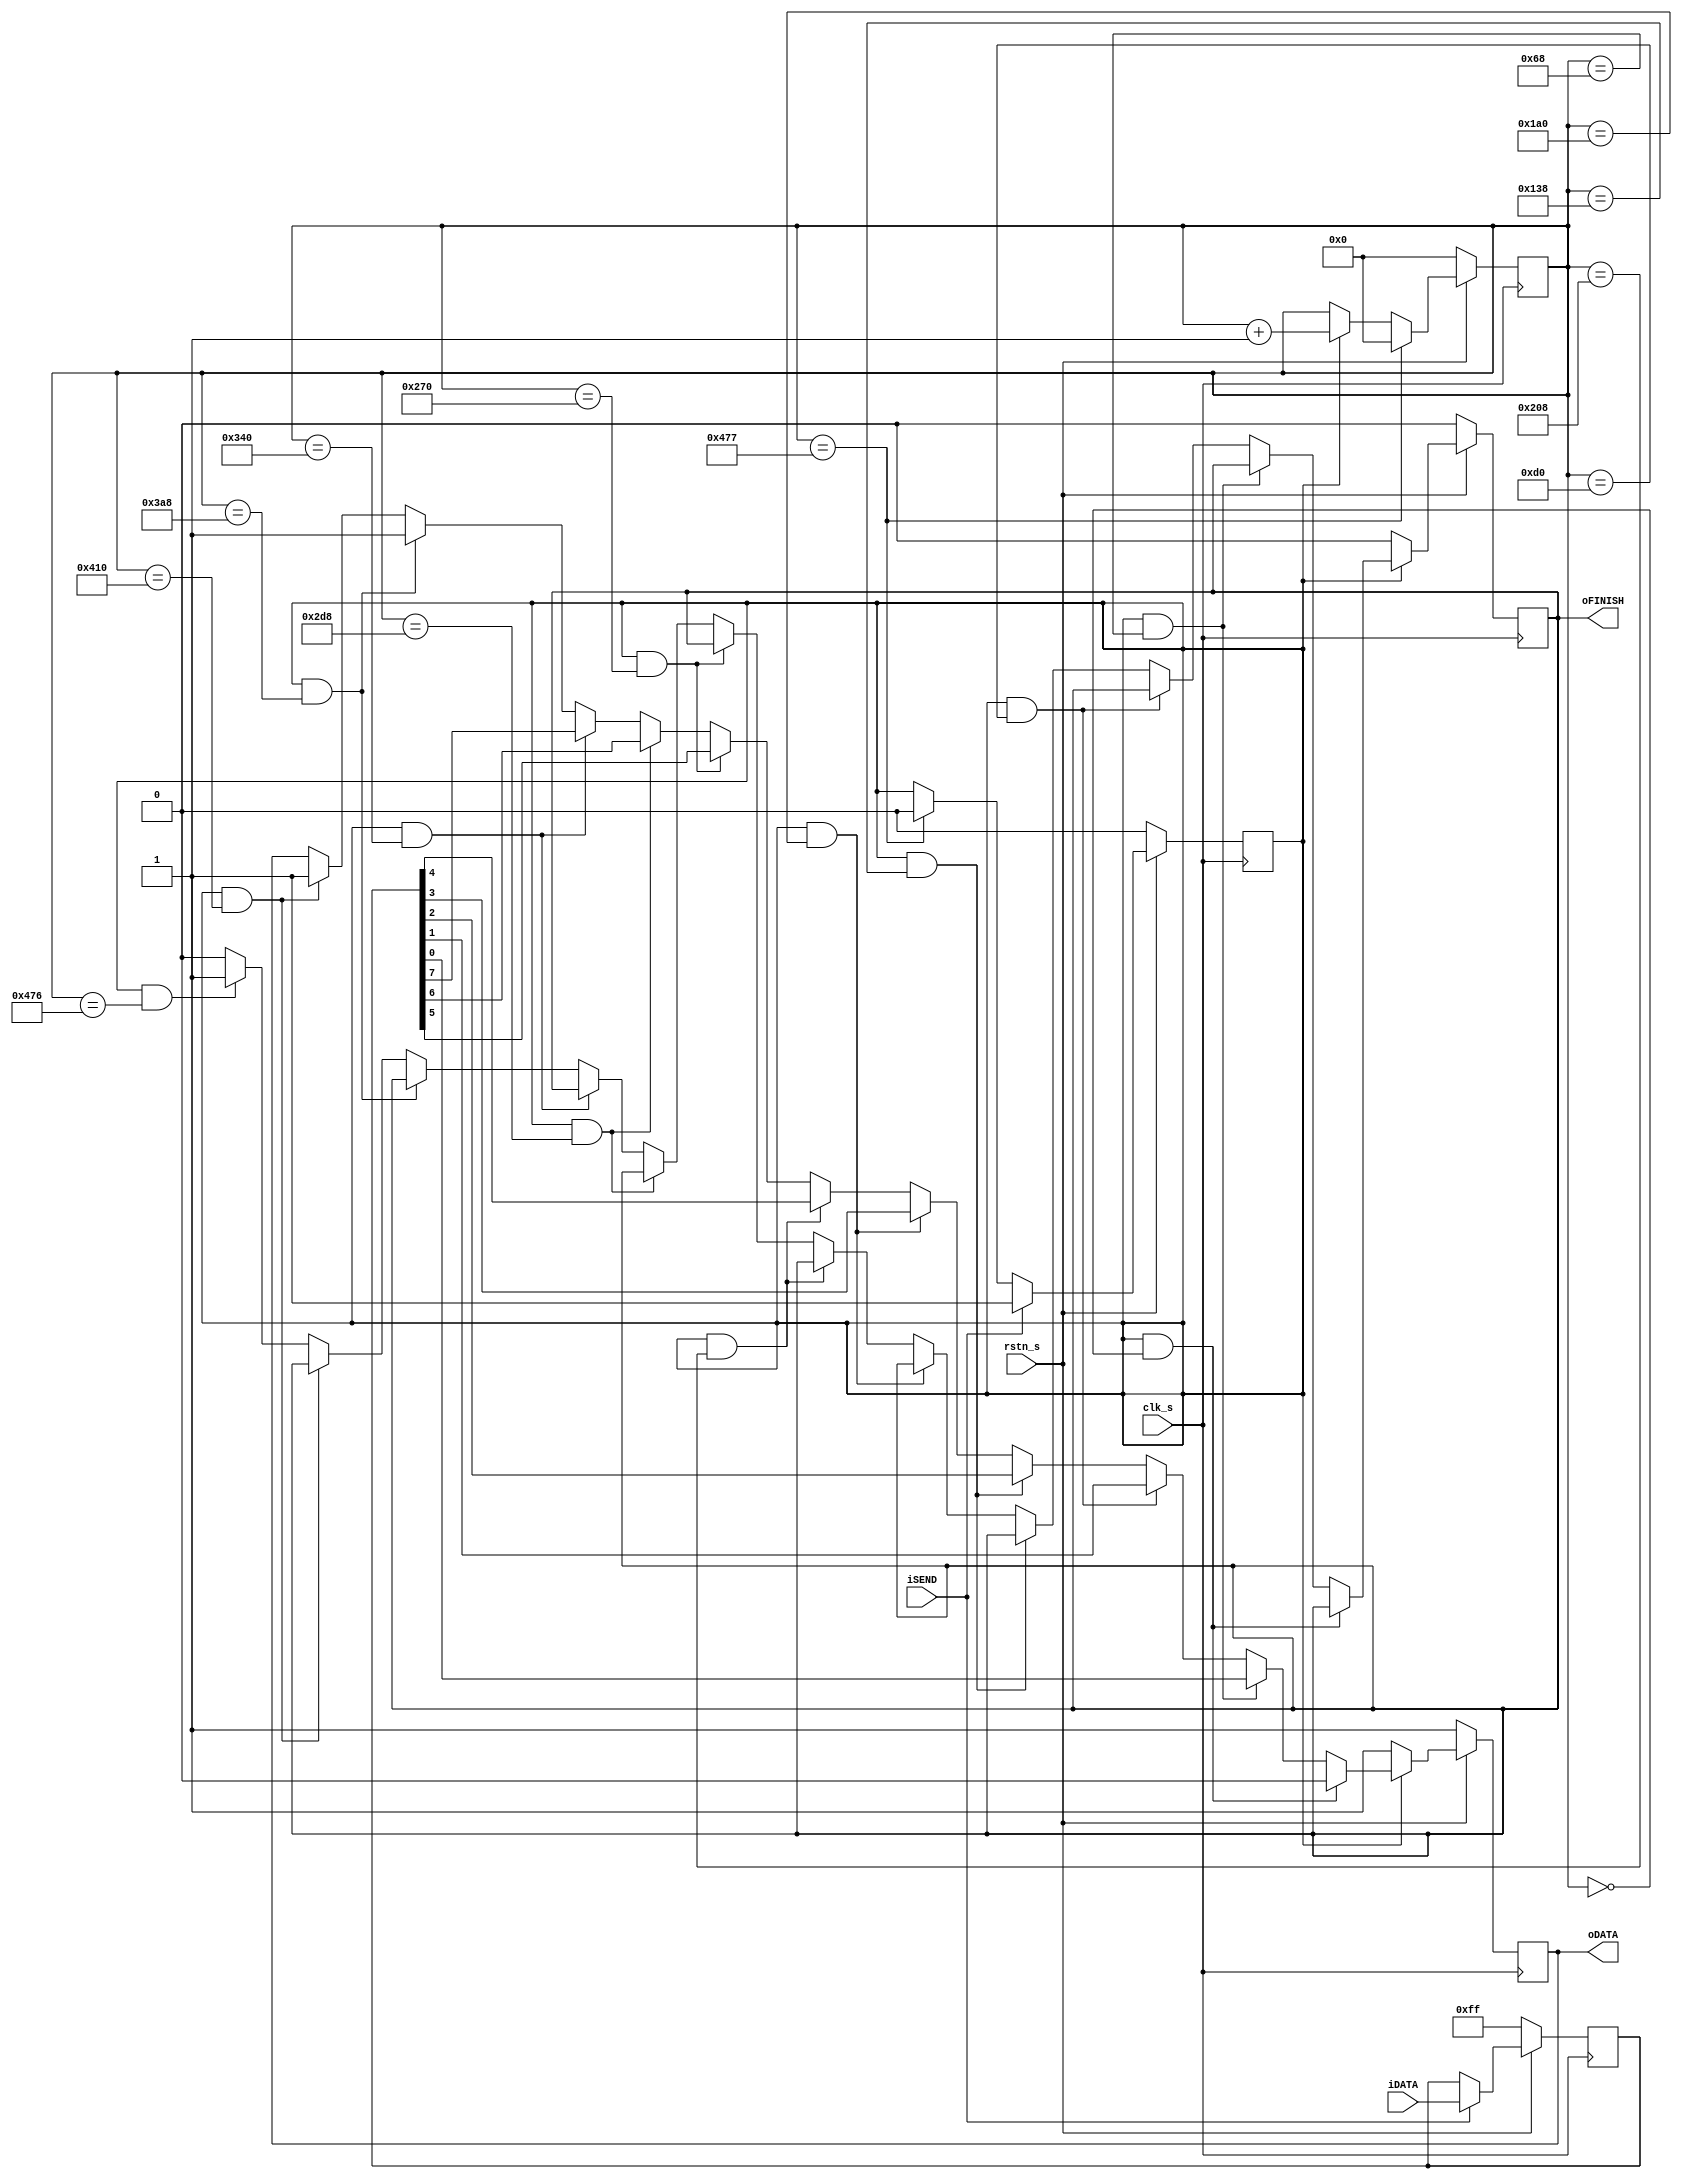
`timescale 1ns / 1ps
//////////////////////////////////////////////////////////////////////////////////
// Company: 
// Engineer: 
// 
// Design Name: 
// Module Name: rs232_tx_top_ke_saath
// Project Name: 
// Target Devices: 
// Tool Versions: 
// Description: 
// 
// Dependencies: 
// 
// Revision:
// Revision 0.01 - File Created
// Additional Comments:
// 
//////////////////////////////////////////////////////////////////////////////////


module tx_rs232
(
	input			clk_s	,
	input			rstn_s	,
	input			iSEND	,
	input	[ 7:0]	iDATA	,
	output			oDATA	,
	output			oFINISH	
);
localparam		clkNUM_bit		=	104	;//Baudrate is 960000
//===============================================================
//UART 0-START [1:8]-DATA 9-EVEN/OOD 10-STOP
localparam		clkNUM_frame	=	clkNUM_bit*11	;
reg				txDATA		;
reg		[ 7:0]	REG_DATA	;
reg		[17:0]	CNT_frame	;	//163691 clk/frame
reg				START_CNT	;
reg				F_SIG		;	//Finish Signal
//===============================================================
always@(posedge clk_s)
begin
	if(!rstn_s)
		begin
			REG_DATA	=	8'hff	;
			START_CNT	=	1'b0	;
		end
	else if(iSEND)
		begin
			REG_DATA	=	iDATA	;
			START_CNT	=	1'b1	;
		end
	else if(CNT_frame == clkNUM_frame - 1'd1)
		START_CNT	=	1'b0	;
end 
//===============================================================
always@(posedge clk_s)
begin
	if(!rstn_s)
		begin
			txDATA	=	1'b1	;
			F_SIG	=	1'b0	;
		end
	else if(!START_CNT)
		begin
			txDATA	=	1'b1	;
			F_SIG	=	1'b0	;
		end
	else if(START_CNT && CNT_frame == clkNUM_bit*0)
		txDATA	<=	1'b0	;
	else if(START_CNT && CNT_frame == clkNUM_bit*1)
		txDATA	<=	REG_DATA[0]	;
	else if(START_CNT && CNT_frame == clkNUM_bit*2)
		txDATA	<=	REG_DATA[1]	;
	else if(START_CNT && CNT_frame == clkNUM_bit*3)
		txDATA	<=	REG_DATA[2]	;
	else if(START_CNT && CNT_frame == clkNUM_bit*4)
		txDATA	<=	REG_DATA[3]	;
	else if(START_CNT && CNT_frame == clkNUM_bit*5)
		txDATA	<=	REG_DATA[4]	;
	else if(START_CNT && CNT_frame == clkNUM_bit*6)
		txDATA	<=	REG_DATA[5]	;
	else if(START_CNT && CNT_frame == clkNUM_bit*7)
		txDATA	<=	REG_DATA[6]	;
	else if(START_CNT && CNT_frame == clkNUM_bit*8)
		txDATA	<=	REG_DATA[7]	;
	else if(START_CNT && CNT_frame == clkNUM_bit*9)
		txDATA	<=	1'b1	;
	else if(START_CNT && CNT_frame == clkNUM_bit*10)
		txDATA	<=	1'b1	;
	else if(START_CNT && CNT_frame == clkNUM_frame-2'd2)
		F_SIG	<=	1'b1	;
	else
		F_SIG	<=	1'b0	;
end
//===============================================================
always@(posedge clk_s)
begin
	if(!rstn_s)
		CNT_frame	<=	18'd0	;
	else if(CNT_frame == clkNUM_frame-1'd1)
		CNT_frame	<=	18'd0	;
	else if(START_CNT)
		CNT_frame	<=	CNT_frame + 1'd1	;
end
//===============================================================
assign	oDATA	=	txDATA		;
assign	oFINISH	=	F_SIG		;
endmodule